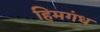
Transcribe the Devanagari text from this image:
हिमगंध